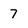
Character: 7